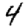
Digit: 4